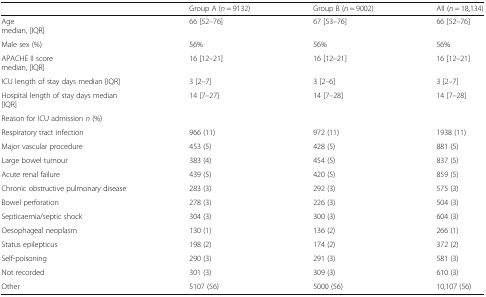
<table><thead><tr><td></td><td><b>Group A (<i>n</i> = 9132)</b></td><td><b>Group B (<i>n</i> = 9002)</b></td><td><b>All (<i>n</i> = 18,134)</b></td></tr></thead><tbody><tr><td>Agemedian, [IQR]</td><td>66 [52–76]</td><td>67 [53–76]</td><td>66 [52–76]</td></tr><tr><td>Male sex (%)</td><td>56%</td><td>56%</td><td>56%</td></tr><tr><td>APACHE II scoremedian, [IQR]</td><td>16 [12–21]</td><td>16 [12–21]</td><td>16 [12–21]</td></tr><tr><td>ICU length of stay days median [IQR]</td><td>3 [2–7]</td><td>3 [2–6]</td><td>3 [2–7]</td></tr><tr><td>Hospital length of stay days median[IQR]</td><td>14 [7–27]</td><td>14 [7–28]</td><td>14 [7–28]</td></tr><tr><td>Reason for ICU admission <i>n</i> (%)</td><td></td><td></td><td></td></tr><tr><td>Respiratory tract infection</td><td>966 (11)</td><td>972 (11)</td><td>1938 (11)</td></tr><tr><td>Major vascular procedure</td><td>453 (5)</td><td>428 (5)</td><td>881 (5)</td></tr><tr><td>Large bowel tumour</td><td>383 (4)</td><td>454 (5)</td><td>837 (5)</td></tr><tr><td>Acute renal failure</td><td>439 (5)</td><td>420 (5)</td><td>859 (5)</td></tr><tr><td>Chronic obstructive pulmonary disease</td><td>283 (3)</td><td>292 (3)</td><td>575 (3)</td></tr><tr><td>Bowel perforation</td><td>278 (3)</td><td>226 (3)</td><td>504 (3)</td></tr><tr><td>Septicaemia/septic shock</td><td>304 (3)</td><td>300 (3)</td><td>604 (3)</td></tr><tr><td>Oesophageal neoplasm</td><td>130 (1)</td><td>136 (2)</td><td>266 (1)</td></tr><tr><td>Status epilepticus</td><td>198 (2)</td><td>174 (2)</td><td>372 (2)</td></tr><tr><td>Self-poisoning</td><td>290 (3)</td><td>291 (3)</td><td>581 (3)</td></tr><tr><td>Not recorded</td><td>301 (3)</td><td>309 (3)</td><td>610 (3)</td></tr><tr><td>Other</td><td>5107 (56)</td><td>5000 (56)</td><td>10,107 (56)</td></tr></tbody></table>